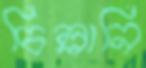
চিল্লানি